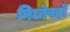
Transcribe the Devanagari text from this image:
पिछोवड़ों